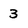
Character: 3